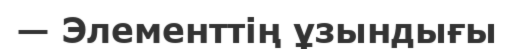
— Элементтің ұзындығы